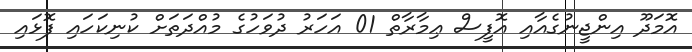
އޮމަދޫ އިންޖީނުގެއާއި އޮފީސް ޢިމާރާތް 01 އަހަރު ދުވަހުގެ މުއްދަތަށް ކުނިކަހައި ފޮޅައި